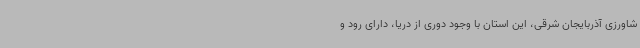
شاورزی آذربایجان شرقی، این استان با وجود دوری از دریا، دارای رود و